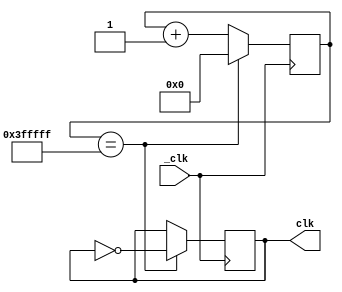
module dcm (
    input _clk,
    output reg clk
);
    initial begin
        clk = 0;
    end

    reg [22:0] cnt;

    always @(posedge _clk) begin
        if (cnt == {22{1'b1}}) begin
            clk <= ~ clk;
            cnt <= 0;
        end else begin
            cnt <= cnt + 22'b1;
        end
    end
endmodule